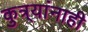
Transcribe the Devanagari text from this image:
कुत्र्यांनाही